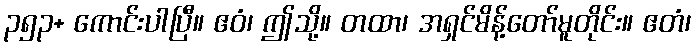
၃၅၃+ ကောင်းပါပြီ။ ဧဝံ၊ ဤသို့။ တထာ၊ အရှင်မိန့်တော်မူတိုင်း။ ဧတံ၊